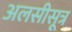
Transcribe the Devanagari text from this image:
अलसीसूत्र